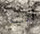
أنت